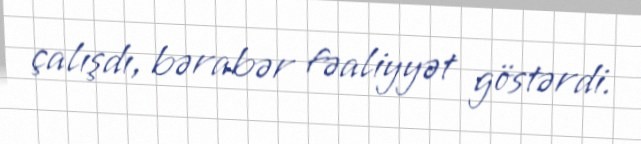
çalışdı, bərabər fəaliyyət göstərdi.